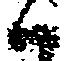
ハ